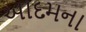
આદમના